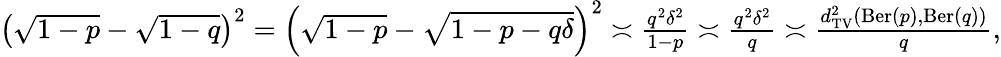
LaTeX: \begin{array}{r}{\left(\sqrt{1-p}-\sqrt{1-q}\right)^{2}=\left(\sqrt{1-p}-\sqrt{1-p-q\delta}\right)^{2}\asymp\frac{q^{2}\delta^{2}}{1-p}\asymp\frac{q^{2}\delta^{2}}{q}\asymp\frac{d_{\mathrm{TV}}^{2}(\mathrm{Ber}(p),\mathrm{Ber}(q))}{q},}\end{array}